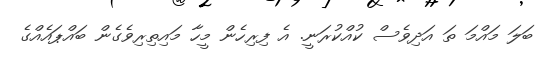
ބަލަ މައްމަ ތަ އަދިވެސް ކުއްކުރަނީ. އެ ފިރިހެން މީހާ މައިތިރިވެގެން ބައްޕައެއްގެ